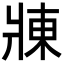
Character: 𬌃